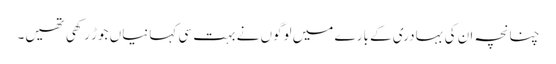
چنانچہ ان کی بہادری کے بارے میں لوگوں نے بہت سی کہانیاں جوڑ رکھی تھیں۔